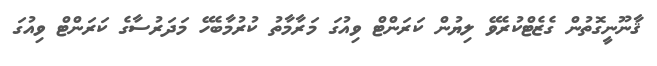
ޤާނޫނީގޮތުން ގެޒެޓްކުރެވޭ ލިޔުން ކަރަންޓް ވިއުގަ މަރާމާތު ކުރުމާބެހޭ މަދަރުސާގެ ކަރަންޓް ވިއުގަ